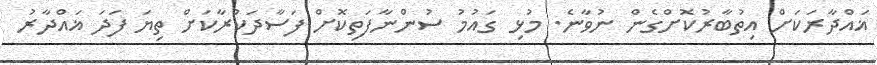
ޣައްދާރަކަށް އިތުބާރުކޮށްގެން ނުވާނެ. މުޅި ގައުމު ސުންނާފަތިކޮށް ފަސާދަކުރާކަށް ތިޔަ ފަދަ ޣައްދާރު